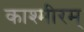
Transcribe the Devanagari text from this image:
काश्मीरम्